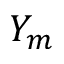
Y _ { m }